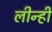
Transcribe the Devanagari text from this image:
लीन्‍हीं